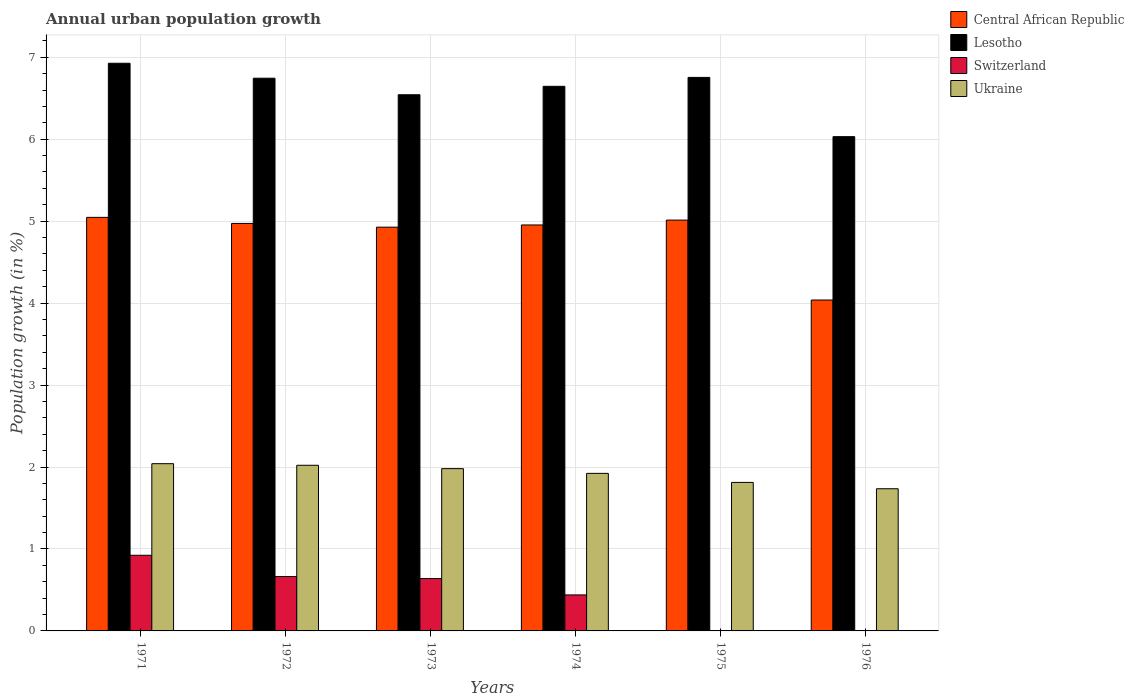
| Years | Central African Republic | Lesotho | Switzerland | Ukraine |
 | --- | --- | --- | --- | --- |
 | 1971 | 5.05 | 6.93 | 0.923 | 2.04 |
 | 1972 | 4.97 | 6.74 | 0.663 | 2.02 |
 | 1973 | 4.93 | 6.54 | 0.639 | 1.98 |
 | 1974 | 4.95 | 6.65 | 0.439 | 1.92 |
 | 1975 | 5.01 | 6.75 | -0.143 | 1.81 |
 | 1976 | 4.04 | 6.03 | -0.671 | 1.73 |